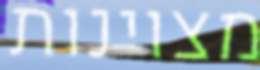
מצוינות